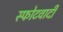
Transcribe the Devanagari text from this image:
स्फोटवादी